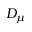
D _ { \mu }